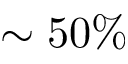
\sim 5 0 \%